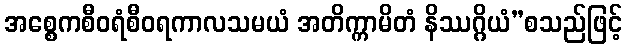
အစ္စေကစီဝရံစီဝရကာလသမယံ အတိက္ကာမိတံ နိဿဂ္ဂိယံ”စသည်ဖြင့်